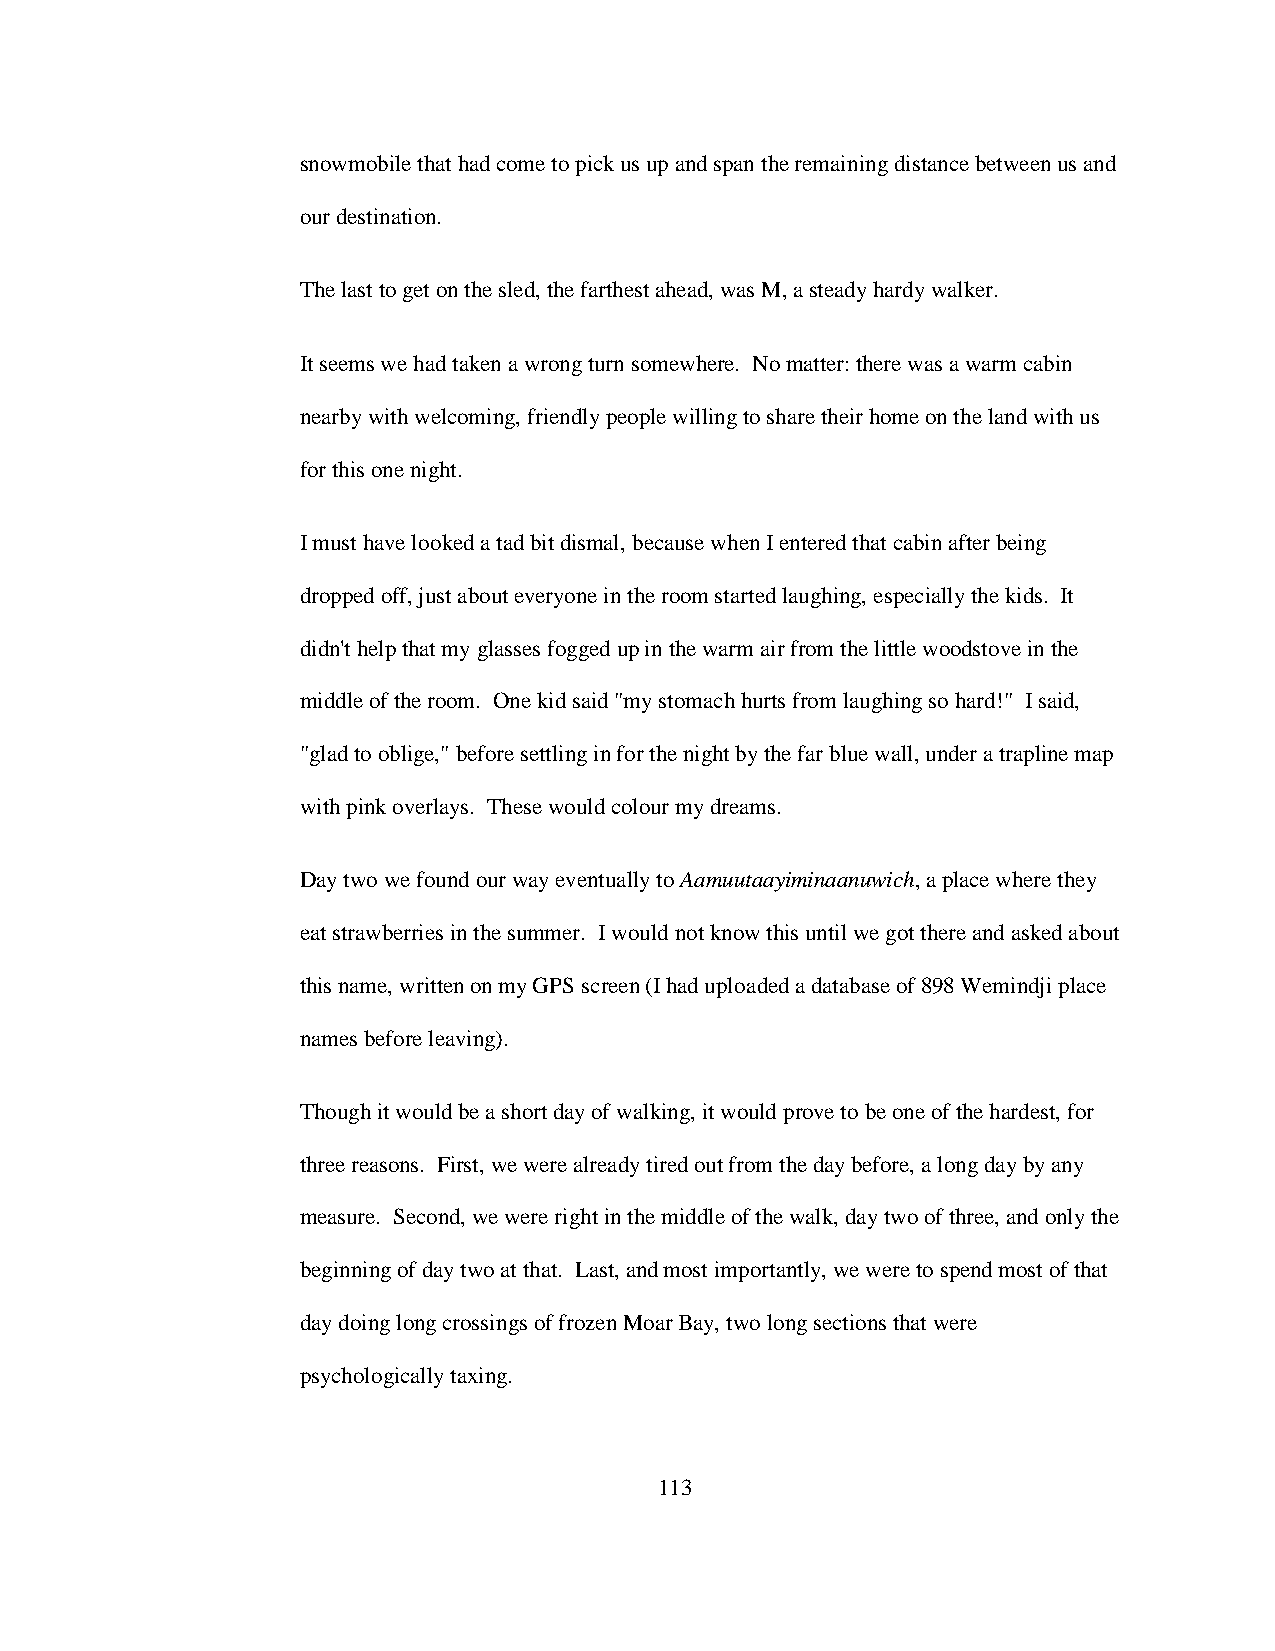
snowmobile that had come to pick us up and span the remaining distance between us and
 our destination.
 The last to get on the sled, the farthest ahead, was M, a steady hardy walker.
 It seems we had taken a wrong turn somewhere. No matter: there was a warm cabin
 nearby with welcoming, friendly people willing to share their home on the land with us
 for this one night.
 I must have looked a tad bit dismal, because when I entered that cabin after being
 dropped off, just about everyone in the room started laughing, especially the kids. It
 didn't help that my glasses fogged up in the warm air from the little woodstove in the
 middle of the room. One kid said "my stomach hurts from laughing so hard!" I said,
 "glad to oblige," before settling in for the night by the far blue wall, under a trapline map
 with pink overlays. These would colour my dreams.
 Day two we found our way eventually to Aamuutaayiminaanuwich, a place where they
 eat strawberries in the summer. I would not know this until we got there and asked about
 this name, written on my GPS screen (I had uploaded a database of 898 Wemindji place
 names before leaving).
 Though it would be a short day of walking, it would prove to be one of the hardest, for
 three reasons. First, we were already tired out from the day before, a long day by any
 measure. Second, we were right in the middle of the walk, day two of three, and only the
 beginning of day two at that. Last, and most importantly, we were to spend most of that
 day doing long crossings of frozen Moar Bay, two long sections that were
 psychologically taxing.
 113